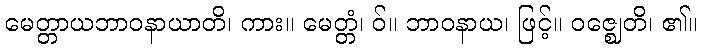
မေတ္တာယဘာဝနာယာတိ၊ ကား။ မေတ္တံ၊ ဝ်။ ဘာဝနာယ၊ ဖြင့်။ ဝဇ္ဈေတိ၊ ၏။